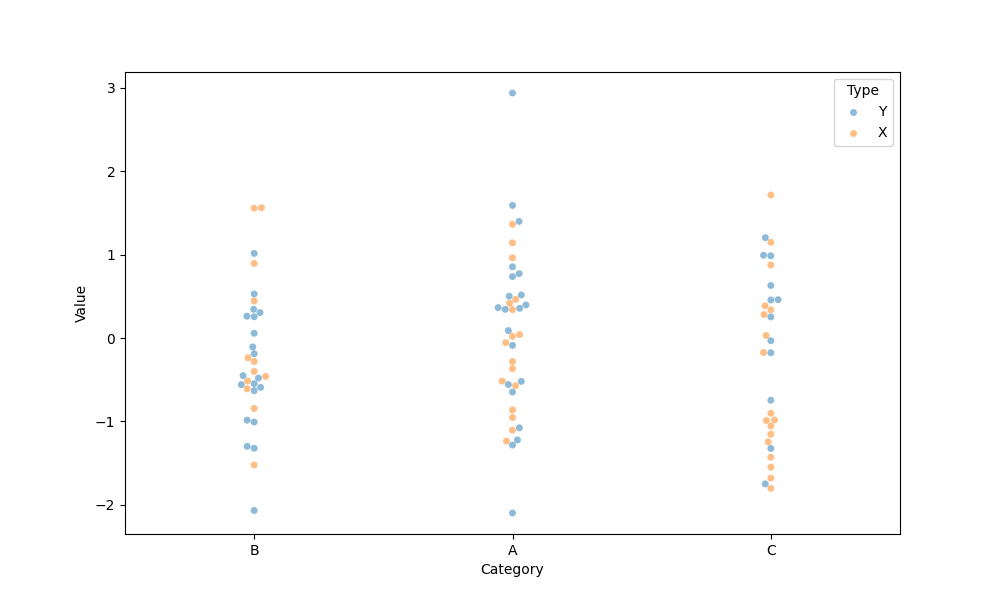
python, seaborn, swarmplot, dodge=False, alpha=0.5, size=5